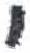
אות: י